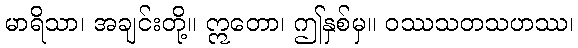
မာရိသာ၊ အချင်းတို့။ ဣတော၊ ဤနှစ်မှ။ ဝဿသတသဟဿ၊